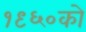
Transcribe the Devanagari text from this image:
१९६०को